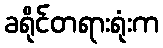
ခရိုင်တရားရုံးက